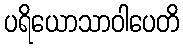
ပရိယောသာဝါပေတိ